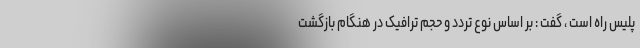
پلیس راه است ، گفت : بر اساس نوع تردد و حجم ترافیک در هنگام بازگشت